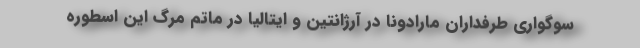
سوگواری طرفداران مارادونا در آرژانتین و ایتالیا در ماتم مرگ این اسطوره